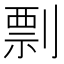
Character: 剽